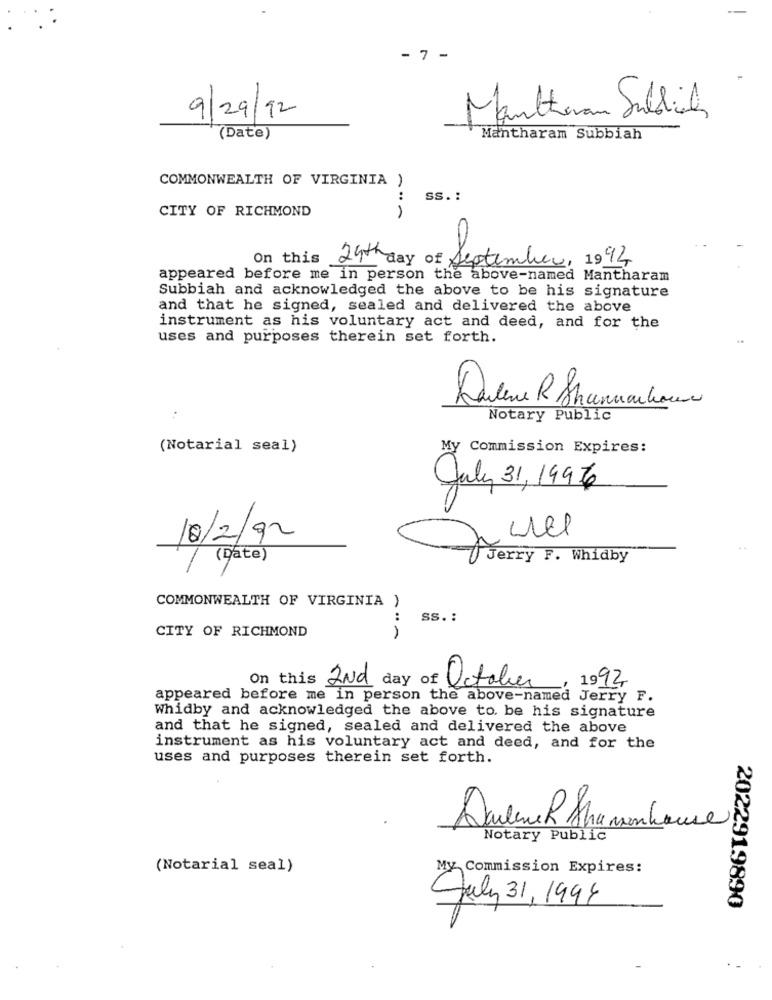
- 7 -
9/29/92
Markkeram Suldices
(Date)
Mantharam Subbiah
COMMONWEALTH OF VIRGINIA )
:
SS. :
CITY OF RICHMOND
-
On this
29th day of September, 1994
appeared before me in person the above-named Mantharam
Subbiah and acknowledged the above to be his signature
and that he signed, sealed and delivered the above
instrument as his voluntary act and deed, and for the
uses and purposes therein set forth.
Darlene R Shannachoux
Notary Public
(Notarial seal)
My Commission Expires:
July 31, 1996
Jerry F. Whidby
10/2/2
COMMONWEALTH OF VIRGINIA )
:
ss. :
CITY OF RICHMOND
, 1992
On this 2Nd day of October
appeared before me in person the above-named Jerry F.
Whidby and acknowledged the above to be his signature
and that he signed, sealed and delivered the above
instrument as his voluntary act and deed, and for the
uses and purposes therein set forth.
DarleneR Strassenhouse
Notary Public
(Notarial seal)
My Commission Expires:
July 31, 1994
2022919890